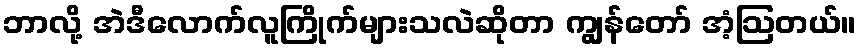
ဘာလို့ အဲဒီလောက်လူကြိုက်များသလဲဆိုတာ ကျွန်တော် အံ့ဩတယ်။